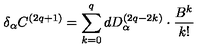
\delta _ { \alpha } C ^ { \left( 2 q + 1 \right) } = \sum _ { k = 0 } ^ { q } d D _ { \alpha } ^ { \left( 2 q - 2 k \right) } \cdot \frac { B ^ { k } } { k ! }